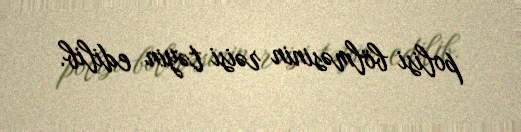
polisi bölməsinin rəisi təyin edilib.